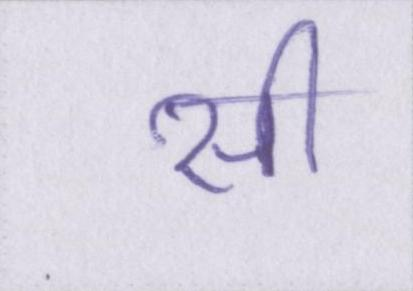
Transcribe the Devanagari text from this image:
सी